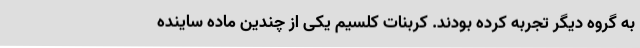
به گروه دیگر تجربه کرده بودند. کربنات کلسیم یکی از چندین ماده ساینده